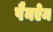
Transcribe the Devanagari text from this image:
पैनऐम